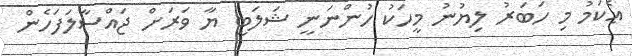
ޢެކަމު މި ހަބަރު ލިޔުނު މީހަކު ހުންނަނީ ޝަލަބީ ޔާ ވަރަށް ޖައްސާލަފަހެން